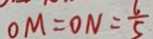
O M = O N = \frac { 6 } { 5 }